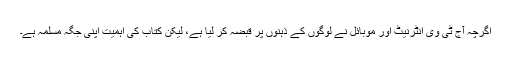
اگرچہ آج ٹی وی انٹرنیٹ اور موبائل نے لوگوں کے ذہنوں پر قبضہ کر لیا ہے، لیکن کتاب کی اہمیت اپنی جگہ مسلمہ ہے۔